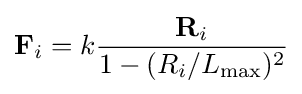
{\textbf {F}}_{i}=k{\frac {{\textbf {R}}_{i}}{1-(R_{i}/L_{\rm {max}})^{2}}}